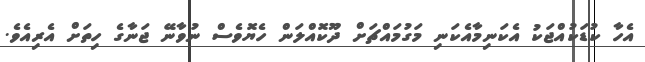
އެހާ ކުޑަކުއްޖަކު އެކަނިމާއެކަނި މަގުމައްޗަށް ދޫކޮއްލަން ހެޔޮވެސް ނުވާނޭ ޖަނާގެ ހިތަށް އެރިއެވެ.